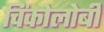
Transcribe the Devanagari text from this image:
चिंकोलोबी